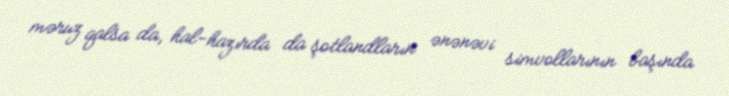
məruz qalsa da, hal-hazırda da şotlandların ənənəvi simvollarının başında